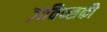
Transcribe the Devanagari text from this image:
ज़विन्सकी